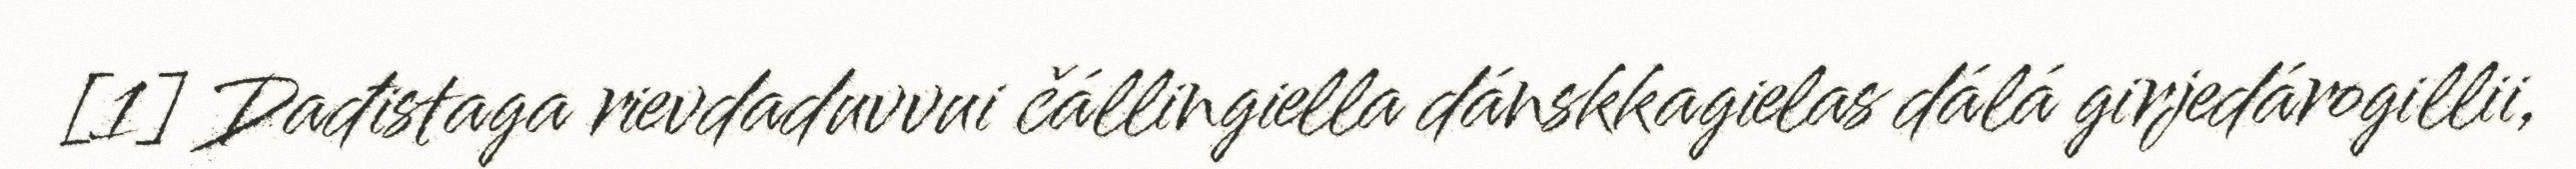
[1] Dađistaga rievdaduvvui čállingiella dánskkagielas dálá girjedárogillii,